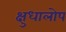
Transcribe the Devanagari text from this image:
क्षुधालोप